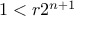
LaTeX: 1 < r 2 ^ { n + 1 }